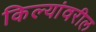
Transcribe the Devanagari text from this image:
किल्यांवरील